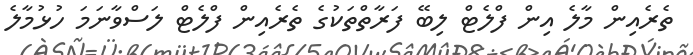
ތެރެއިން މާލެ އިން ފްލެޓް ލިބޭ ފަރާތްތަކުގެ ތެރެއިން ފްލެޓް ލަސްވާނަމަ ހުޅުމާލެ